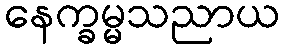
နေက္ခမ္မသညာယ